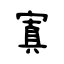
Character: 寘